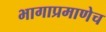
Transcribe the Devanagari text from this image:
भागाप्रमाणेच